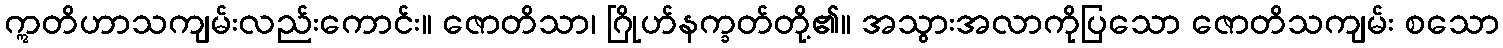
ဣတိဟာသကျမ်းလည်းကောင်း။ ဇောတိသာ၊ ဂြိုဟ်နက္ခတ်တို့၏။ အသွားအလာကိုပြသော ဇောတိသကျမ်း စသော